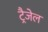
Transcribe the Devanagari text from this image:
ट्रैजेल